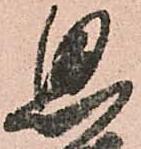
思